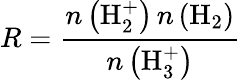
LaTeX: R=\frac{n\left(\mathrm{H_{2}^{+}}\right)\, n\left(\mathrm{H}_{2}\right)}{n\left(\mathrm{H}_{3}^{+}\right)}